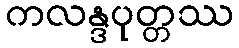
ကလန္ဒပုတ္တဿ